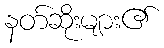
နတ်ဆိုးများ၏